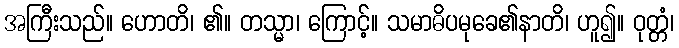
အကြီးသည်။ ဟောတိ၊ ၏။ တသ္မာ၊ ကြောင့်။ သမာဓိပမုခေ၏နာတိ၊ ဟူ၍။ ဝုတ္တံ၊